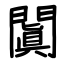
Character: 闐